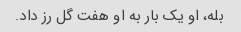
بله، او یک بار به او هفت گل رز داد.